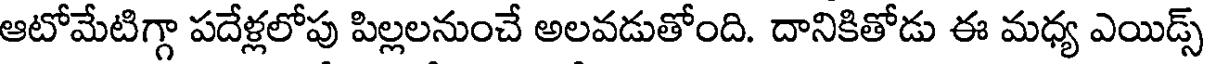
ఆటోమేటిగ్గా పదేళ్లలోపు పిల్లలనుంచే అలవడుతోంది. దానికితోడు ఈ మధ్య ఎయిడ్స్